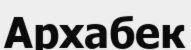
Архабек